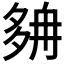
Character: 𡖭